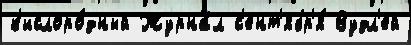
к'ислоро́дный Журна́л с'ент'ябр'я́ Вудл'ей